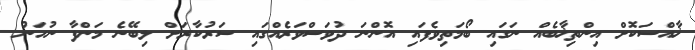
ޚާއްސަކޮށް އިންތިޚާބެއް ނަގައި ބޯމަތިވެފައި އޮންނަ ދުވަސްވަރެއްގައި ސަރުކާރަށް ލިބޭނެ މަންފާ ނުހަނު